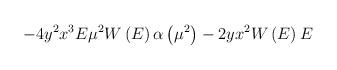
LaTeX: \begin{align*}-4y^2x^3E\mu^2W\left( E\right)\alpha\left( \mu^2\right)-2yx^2W\left( E\right)E\end{align*}